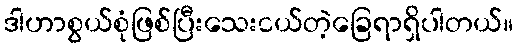
ဒါဟာစွယ်စုံဖြစ်ပြီးသေးငယ်တဲ့ခြေရာရှိပါတယ်။